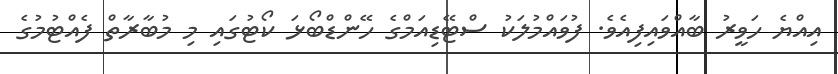
އިއްޔެ ހަވީރު ބާއްވައިފިއެވެ. ފުވައްމުލަކު ސްޓޭޑިއަމްގެ ހޭންޑްބޯޅަ ކޯޓުގައި މި މުބާރާތް ފެއްޓުމުގެ